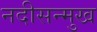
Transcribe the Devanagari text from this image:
नदीसन्मुख